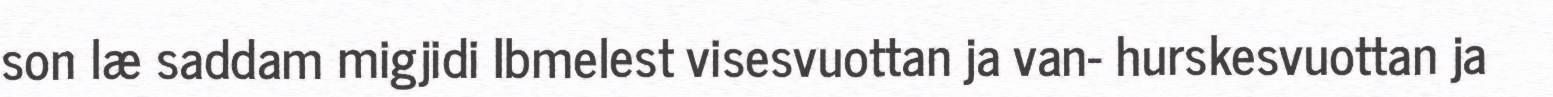
son læ saddam migjidi Ibmelest visesvuottan ja van- hurskesvuottan ja